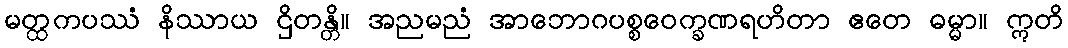
မတ္ထကပဿံ နိဿာယ ဌိတန္တိ။ အညမညံ အာဘောဂပစ္စဝေက္ခဏရဟိတာ ဧတေ ဓမ္မာ။ ဣတိ